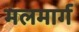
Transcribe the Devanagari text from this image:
मलमार्ग